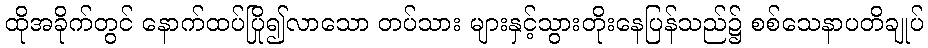
ထိုအခိုက်တွင် နောက်ထပ်ပြို၍လာသော တပ်သား များနှင့်သွားတိုးနေပြန်သည်၌ စစ်သေနာပတိချုပ်